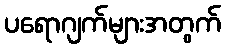
ပရောဂျက်များအတွက်